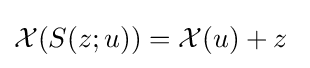
{\mathcal {X}}(S(z;u))={\mathcal {X}}(u)+z\